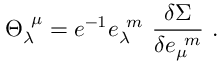
{ \Theta } _ { \lambda } ^ { ~ \mu } = e ^ { - 1 } e _ { \lambda } ^ { ~ m } ~ \frac { \delta \Sigma } { \delta e _ { \mu } ^ { ~ m } } \, \, .